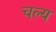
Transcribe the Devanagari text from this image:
चल्य